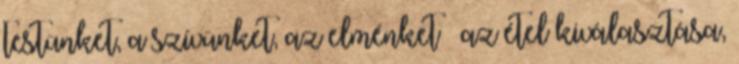
testünket, a szívünket, az elménket – az étel kiválasztása,